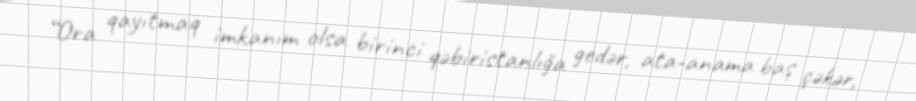
“Ora qayıtmaq imkanım olsa birinci qəbiristanlığa gedər, ata-anama baş çəkər,